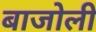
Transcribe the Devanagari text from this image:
बाजोली